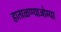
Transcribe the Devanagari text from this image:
हाताळण्याजोग्या